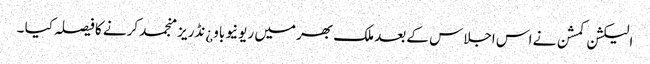
الیکشن کمشن نے اس اجلاس کے بعد ملک بھر میں ریونیو باو¿نڈریز منجمد کرنے کا فیصلہ کیا ۔